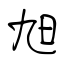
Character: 旭